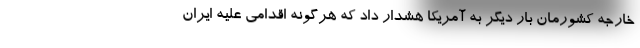
خارجه کشورمان بار دیگر به آمریکا هشدار داد که هرگونه اقدامی علیه ایران